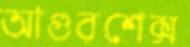
আগুরশেক্স